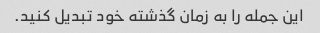
این جمله را به زمان گذشته خود تبدیل کنید.